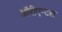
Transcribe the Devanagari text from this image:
ऑरीएन्टल